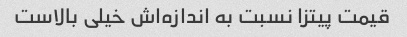
قیمت پیتزا نسبت به اندازه‌اش خیلی بالاست